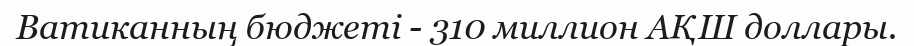
Ватиканның бюджеті - 310 миллион АҚШ доллары.